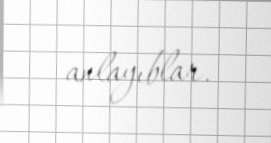
anlayıblar.